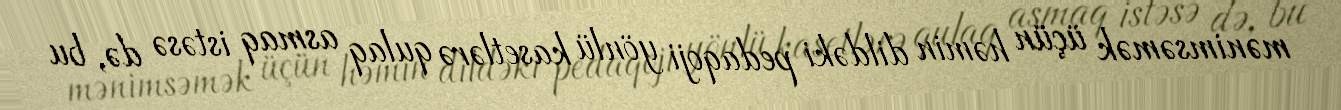
mənimsəmək üçün həmin dildəki pedaqoji yönlü kasetlərə qulaq asmaq istəsə də, bu